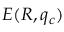
E ( R , q _ { c } )